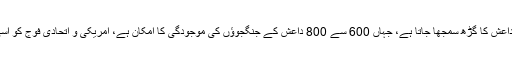
واضح رہے کہ افغانستان کے صوبے ننگرہار کو داعش کا گڑھ سمجھا جاتا ہے، جہاں 600 سے 800 داعش کے جنگجوؤں کی موجودگی کا امکان ہے، امریکی و اتحادی فوج کو اسی صوبے میں سب سے زیادہ مخالفت کا سامنا ہے۔